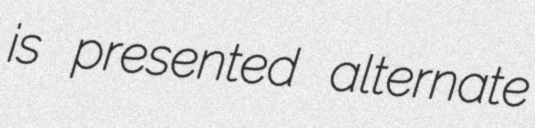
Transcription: is presented alternate